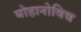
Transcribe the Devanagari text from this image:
योहानोविच